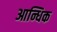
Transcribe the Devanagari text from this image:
आन्धिक